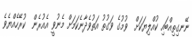
ނޭނގިތިއްބައި ކުއްލިޔަކަށް  ވުމުގެ ވަގުތު އަތުވެދާނެކަމަށް މެނުވީ އެއުރެން  ކުރޭހެއްޔެވެ